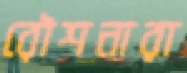
রৌশনারা